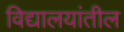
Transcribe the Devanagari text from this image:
विद्यालयांतील